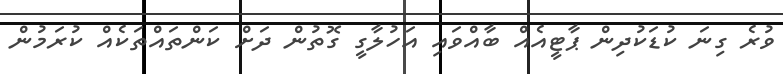
ވުރެ ގިނަ ކުޑަކުދިން ޕާޓީއެއް ބާއްވައި އަހުލާގީ ގޮތުން ދަށް ކަންތައްތަކެއް ކުރަމުން